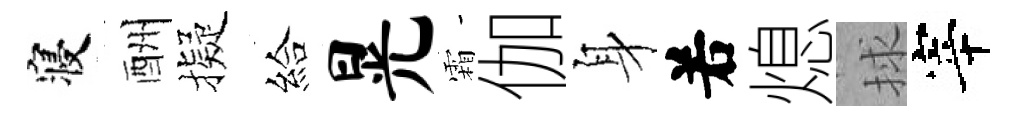
寝酬擬給晃霜伽身𠰥熄捄宰